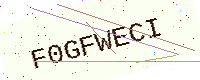
Text: F0GFWECI